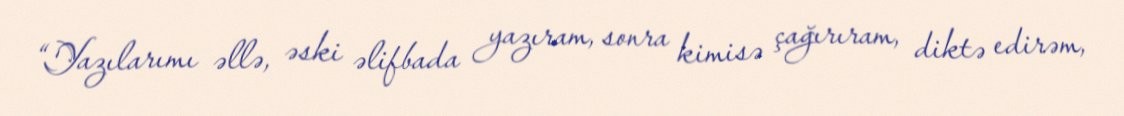
“Yazılarımı əllə, əski əlifbada yazıram, sonra kimisə çağırıram, diktə edirəm,